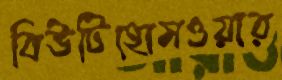
বিউটিহোমওয়ার